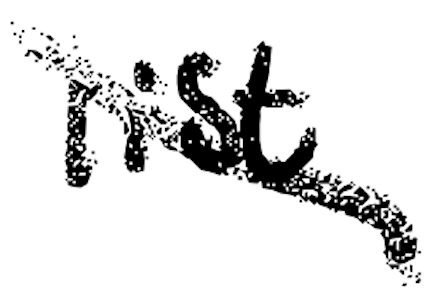
Text: list
Cross-out: diagonal
Writing tool: digital_black